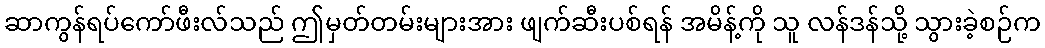
ဆာကွန်ရပ်ကော်ဖီးလ်သည် ဤမှတ်တမ်းများအား ဖျက်ဆီးပစ်ရန် အမိန့်ကို သူ လန်ဒန်သို့ သွားခဲ့စဉ်က